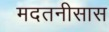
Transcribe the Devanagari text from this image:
मदतनीसास